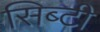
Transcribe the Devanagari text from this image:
सिब्‍टी